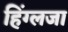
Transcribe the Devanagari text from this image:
हिंग्लजा